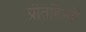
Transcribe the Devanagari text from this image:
प्रीतहिन्दी